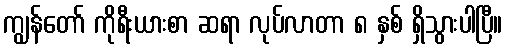
ကျွန်တော် ကိုရီးယားစာ ဆရာ လုပ်လာတာ ၈ နှစ် ရှိသွားပါပြီ။